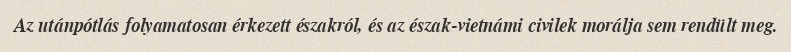
Az utánpótlás folyamatosan érkezett északról, és az észak-vietnámi civilek morálja sem rendült meg.